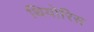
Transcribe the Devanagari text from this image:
थियोरिस